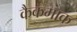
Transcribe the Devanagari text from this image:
कैकमाक